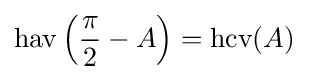
\operatorname {hav} \left({\frac {\pi }{2}}-A\right)=\operatorname {hcv} (A)